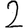
Digit: 2